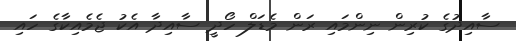
ސާއިދުގެ ކުރިން ނިންމައި ރަން މެޑަލް ހޯދީ ސާއިދާ އެކު ޖެމެއިކާގެ ހައި